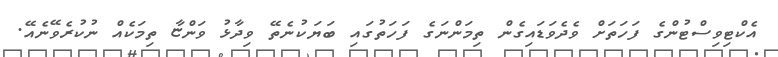
އެކްޓިވިސްޓުންގެ ފަހަތަށް ވެދެވަޑައިގެން ތިމަންނަގެ ފަހަތުގައި ބަޔަކުނެތޭ ވިދާޅު ވަންޏާ ތިމަކެއް ނުކުރެވޭނެއޭ.